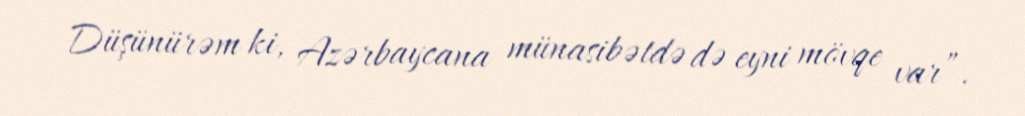
Düşünürəm ki, Azərbaycana münasibətdə də eyni mövqe var”.